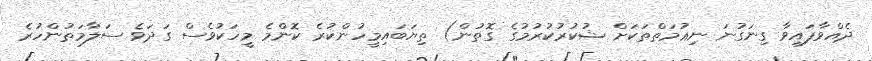
ދެއްވާފައިވާ ގިނަގުނަ ނިޢުމަތްތަކަށް ޝުކުރުކުރުމުގެ ގޮތުން) ތިޔަބައިމީހުންކުރެ ކޮންމެ މީހަކުވެސް ގަދަވެ ސަލާމަތުންހުރެ